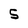
Character: 5